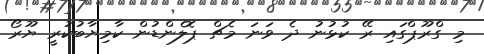
މި ގްރޫޕްގައި ރޭ ކުޅުނު ދެ ވަނަ މެޗް ޕޮލެންޑުން ކާމިޔާބުކުރީ ޔޫރޯ